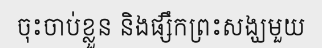
ចុះចាប់ខ្លួន និងផ្សឹកព្រះសង្ឃមួយ